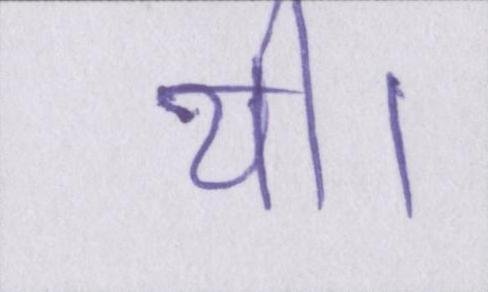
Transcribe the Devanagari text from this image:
थी।